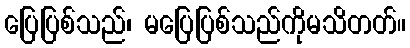
ပြေပြစ်သည်၊ မပြေပြစ်သည်ကိုမသိတတ်။